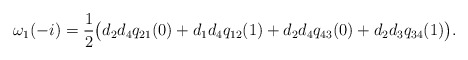
\begin{align*} \omega_1(-i) = \frac{1}{2} \bigl(d_2 d_4 q_{21}(0) + d_1 d_4 q_{12}(1) + d_2 d_4 q_{43}(0) + d_2 d_3 q_{34}(1)\bigr).\end{align*}